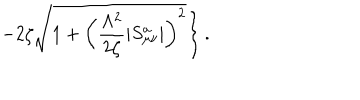
\left. - 2 \zeta \sqrt { 1 + \left( \frac { \Lambda ^ { 2 } } { 2 \zeta } \left| S _ { \mu \nu } ^ { a } \right| \right) ^ { 2 } } \right\} .